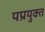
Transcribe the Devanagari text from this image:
पप्रयुक्त